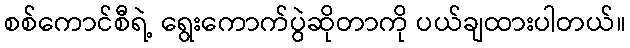
စစ်ကောင်စီရဲ့ ရွေးကောက်ပွဲဆိုတာကို ပယ်ချထားပါတယ်။